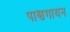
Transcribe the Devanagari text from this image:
पाश्वगायन